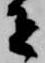
者